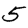
Digit: 5